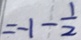
= - 1 - \frac { 1 } { 2 }